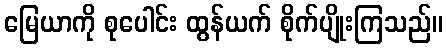
မြေယာကို စုပေါင်း ထွန်ယက် စိုက်ပျိုးကြသည်။